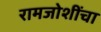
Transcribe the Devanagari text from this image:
रामजोशींचा